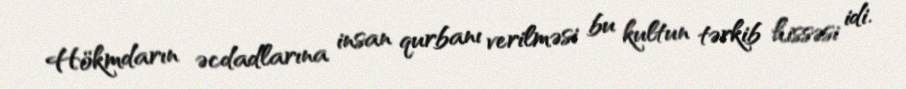
Hökmdarın əcdadlarına insan qurbanı verilməsi bu kultun tərkib hissəsi idi.